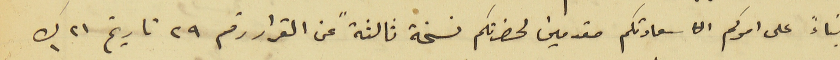
بناءً على امركم سعادتكم مقدمين لحضرتكم نسخة ثالثةً عن القرار رقم ٢٩ تاريخ ٢١ ك١